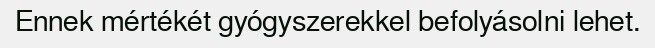
Ennek mértékét gyógyszerekkel befolyásolni lehet.